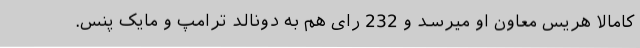
کامالا هریس معاون او میرسد و 232 رای هم به دونالد ترامپ و مایک پنس.